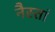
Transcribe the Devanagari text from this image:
नैस्तां